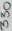
Text: 330